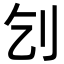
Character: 刉